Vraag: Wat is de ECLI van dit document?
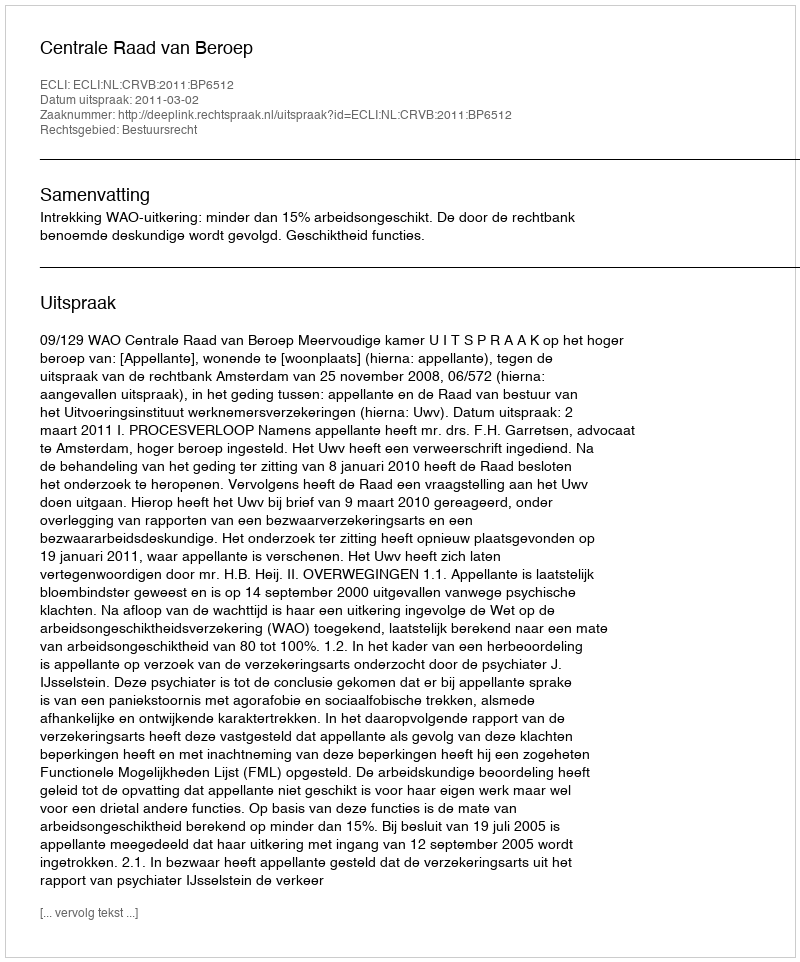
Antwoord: ECLI:NL:CRVB:2011:BP6512